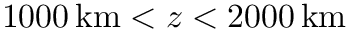
1 0 0 0 \, \mathrm { k m } < z < 2 0 0 0 \, \mathrm { k m }